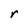
Character: r